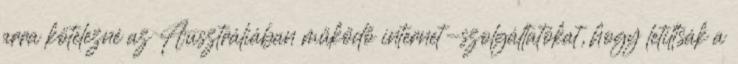
arra kötelezné az Ausztráliában működő internet-szolgáltatókat, hogy letiltsák a